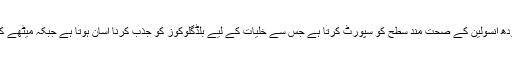
اس حلوے میں شامل دودھ انسولین کے صحت مند سطح کو سپورٹ کرتا ہے جس سے خلیات کے لیے بلڈگلوکوز کو جذب کرنا آسان ہوتا ہے جبکہ میٹھے کی خواہش کم ہوتی ہے۔